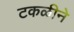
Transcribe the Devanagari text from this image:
टकळीने